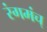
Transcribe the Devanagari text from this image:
रंगमंच्